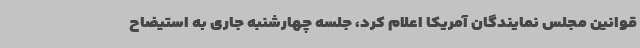
قوانین مجلس نمایندگان آمریکا اعلام کرد، جلسه چهارشنبه جاری به استیضاح